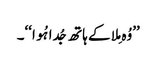
’’وُہ مِلا کے ہاتھ جُدا ہُوا‘‘۔